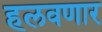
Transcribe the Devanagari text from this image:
हलवणार